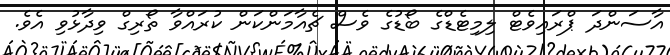
އާސަންދަ ޕްރައިވެޓް ލިމިޓެޑްގެ ބޯޑުގެ ވެސް ޗެއާމަންކަން ކުރައްވާ ތޯރިގް ވިދާޅުވި އެވެ.